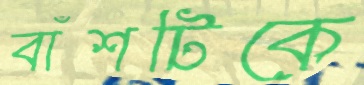
বাঁশটিকে